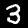
Digit: 3